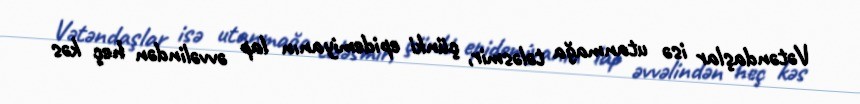
Vətəndaşlar isə utanmağa tələsmir, çünki epidemiyanın lap əvvəlindən heç kəs